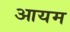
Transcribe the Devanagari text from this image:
आयम